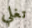
تغلي